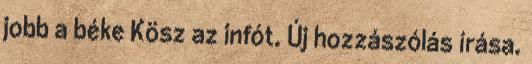
jobb a béke Kösz az infót. Új hozzászólás írása.